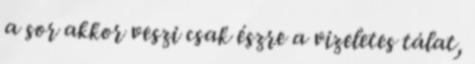
a sor akkor veszi csak észre a vizeletes tálat,